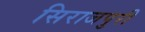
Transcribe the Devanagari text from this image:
सिराजपुरी